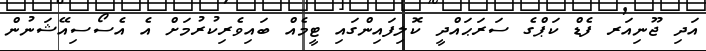
އަދި ޖޫނިއަރ ފެޑް ކަޕްގެ ސަރަޙައްދީ ކޮލިފައިންގައި ޓީމެއް ބައިވެރިކުރުމަށް އެ އެސޯސިއޭޝަނުން